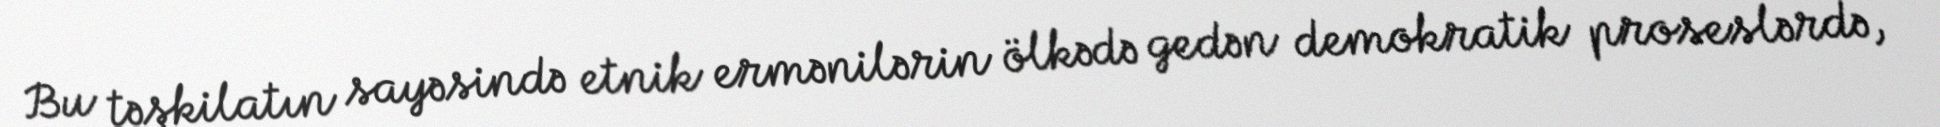
Bu təşkilatın sayəsində etnik ermənilərin ölkədə gedən demokratik proseslərdə,